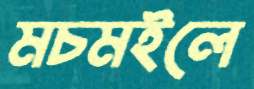
মচমইলে